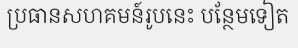
ប្រធានសហគមន៍រូបនេះ បន្ថែមទៀត